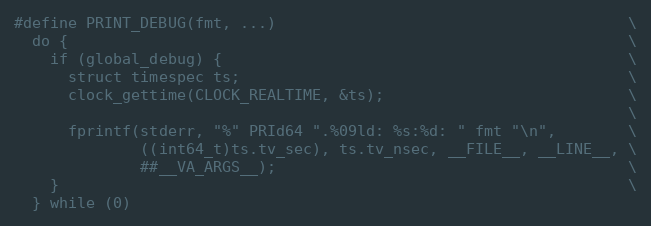
Language: C
#define PRINT_DEBUG(fmt, ...)                                       \
  do {                                                              \
    if (global_debug) {                                             \
      struct timespec ts;                                           \
      clock_gettime(CLOCK_REALTIME, &ts);                           \
                                                                    \
      fprintf(stderr, "%" PRId64 ".%09ld: %s:%d: " fmt "\n",        \
              ((int64_t)ts.tv_sec), ts.tv_nsec, __FILE__, __LINE__, \
              ##__VA_ARGS__);                                       \
    }                                                               \
  } while (0)